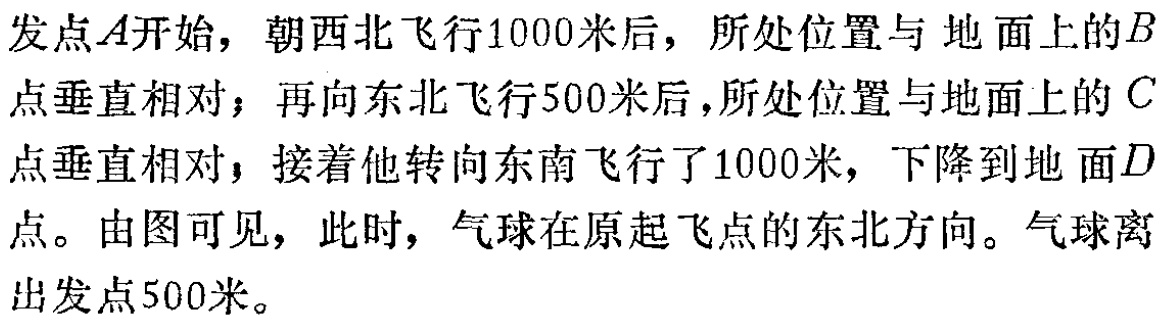
出发点\(A\)开始，朝西北飞行\(1000\)米后，所处位置与地面上的\(B\)点垂直相对；再向东北飞行\(500\)米后，所处位置与地面上的\(C\)点垂直相对，接着他转向东南飞行了\(1000\)米，下降到地面\(D\)点。由图可见，此时，气球在原起飞点的东北方向。气球离出发点\(500\)米。